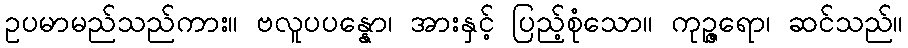
ဥပမာမည်သည်ကား။ ဗလူပပန္နော၊ အားနှင့် ပြည့်စုံသော။ ကုဉ္ဇရော၊ ဆင်သည်။